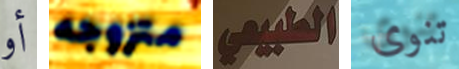
أو متزوجه الطبيعي تنوى